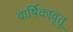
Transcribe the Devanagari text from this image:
वार्षिकावृतू